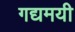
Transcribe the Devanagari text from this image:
गद्यमयी